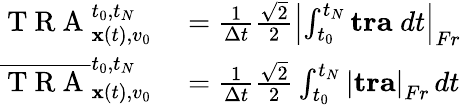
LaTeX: \begin{array}{rl}{\mathrm{~T~R~A~}_{{\mathbf x}(t),v_{0}}^{t_{0},t_{N}}}&{{}=\frac{1}{\Delta t}\frac{\sqrt{2}}{2}\left|\int_{t_{0}}^{t_{N}}\mathbf{tra}\; dt\right|_{Fr}}\\ {\overline{{\mathrm{~T~R~A~}}}_{{\mathbf x}(t),v_{0}}^{t_{0},t_{N}}}&{{}=\frac{1}{\Delta t}\frac{\sqrt{2}}{2}\int_{t_{0}}^{t_{N}}\left|\mathbf{tra}\right|_{Fr}\, dt}\end{array}